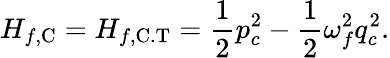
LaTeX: H_{f,\mathrm{C}}=H_{f,\mathrm{C.T}}=\frac{1}{2}p_{c}^{2}-\frac{1}{2}\omega_{f}^{2}q_{c}^{2}.